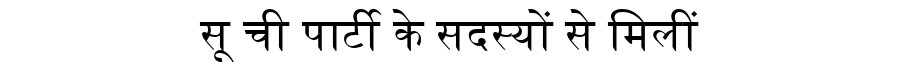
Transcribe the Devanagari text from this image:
सू ची पार्टी के सदस्यों से मिलीं